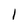
Character: 1